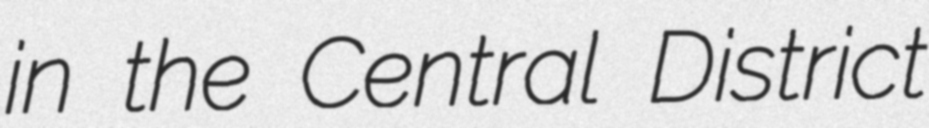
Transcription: in the Central District